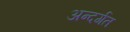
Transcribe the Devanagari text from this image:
अन्दर्गत